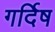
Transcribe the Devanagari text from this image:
गर्दिष